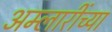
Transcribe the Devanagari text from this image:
अम्लारींच्या